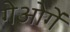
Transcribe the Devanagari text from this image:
गेओर्गे